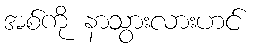
အစ်ကို နာသွားလားဟင်